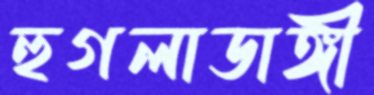
হুগলাডাঙ্গী